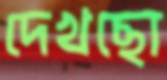
দেখছো